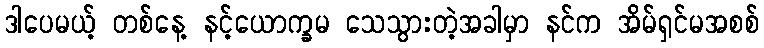
ဒါပေမယ့် တစ်နေ့ နင့်ယောက္ခမ သေသွားတဲ့အခါမှာ နင်က အိမ်ရှင်မအစစ်